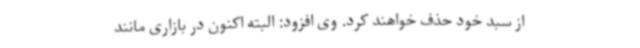
از سبد خود حذف خواهند کرد. وی افزود: البته اکنون در بازاری مانند